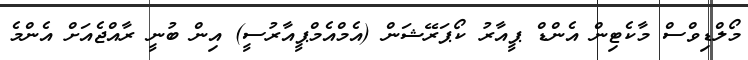
މޯލްޑިވްސް މާކެޓިން އެންޑް ޕީއާރު ކޯޕަރޭޝަން (އެމްއެމްޕީއާރުސީ) އިން ބުނީ ރާއްޖެއަށް އެންމެ